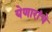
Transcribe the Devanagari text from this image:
येणारांचे